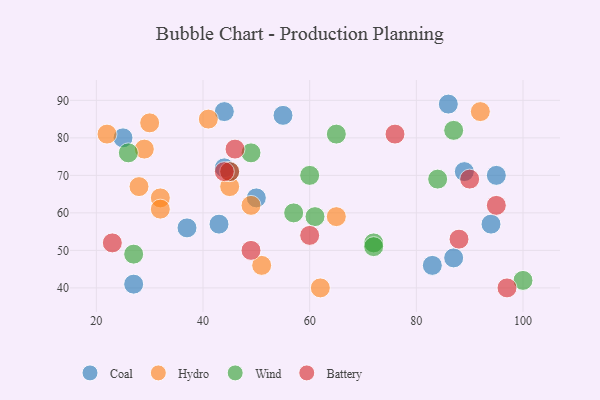
{"axis": {"x": "GDP", "y": "Life Expectancy"}, "legend": ["Battery", "Coal", "Hydro", "Wind"], "data": [{"x": "44", "y": 72, "type": "Coal"}, {"x": "83", "y": 46, "type": "Coal"}, {"x": "95", "y": 70, "type": "Coal"}, {"x": "50", "y": 64, "type": "Coal"}, {"x": "44", "y": 87, "type": "Coal"}, {"x": "94", "y": 57, "type": "Coal"}, {"x": "43", "y": 57, "type": "Coal"}, {"x": "25", "y": 80, "type": "Coal"}, {"x": "87", "y": 48, "type": "Coal"}, {"x": "37", "y": 56, "type": "Coal"}, {"x": "86", "y": 89, "type": "Coal"}, {"x": "55", "y": 86, "type": "Coal"}, {"x": "89", "y": 71, "type": "Coal"}, {"x": "27", "y": 41, "type": "Coal"}, {"x": "92", "y": 87, "type": "Hydro"}, {"x": "30", "y": 84, "type": "Hydro"}, {"x": "22", "y": 81, "type": "Hydro"}, {"x": "29", "y": 77, "type": "Hydro"}, {"x": "62", "y": 40, "type": "Hydro"}, {"x": "49", "y": 62, "type": "Hydro"}, {"x": "32", "y": 64, "type": "Hydro"}, {"x": "51", "y": 46, "type": "Hydro"}, {"x": "65", "y": 59, "type": "Hydro"}, {"x": "45", "y": 67, "type": "Hydro"}, {"x": "41", "y": 85, "type": "Hydro"}, {"x": "28", "y": 67, "type": "Hydro"}, {"x": "32", "y": 61, "type": "Hydro"}, {"x": "87", "y": 82, "type": "Wind"}, {"x": "26", "y": 76, "type": "Wind"}, {"x": "100", "y": 42, "type": "Wind"}, {"x": "60", "y": 70, "type": "Wind"}, {"x": "57", "y": 60, "type": "Wind"}, {"x": "84", "y": 69, "type": "Wind"}, {"x": "61", "y": 59, "type": "Wind"}, {"x": "27", "y": 49, "type": "Wind"}, {"x": "49", "y": 76, "type": "Wind"}, {"x": "65", "y": 81, "type": "Wind"}, {"x": "72", "y": 52, "type": "Wind"}, {"x": "45", "y": 71, "type": "Wind"}, {"x": "72", "y": 51, "type": "Wind"}, {"x": "95", "y": 62, "type": "Battery"}, {"x": "45", "y": 71, "type": "Battery"}, {"x": "44", "y": 71, "type": "Battery"}, {"x": "88", "y": 53, "type": "Battery"}, {"x": "46", "y": 77, "type": "Battery"}, {"x": "23", "y": 52, "type": "Battery"}, {"x": "90", "y": 69, "type": "Battery"}, {"x": "76", "y": 81, "type": "Battery"}, {"x": "49", "y": 50, "type": "Battery"}, {"x": "97", "y": 40, "type": "Battery"}, {"x": "60", "y": 54, "type": "Battery"}]}